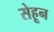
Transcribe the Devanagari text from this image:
सेहून